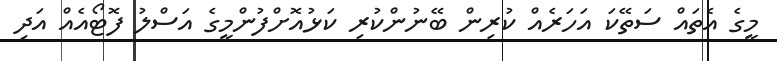
މީގެ އެތައް ސަތޭކަ އަހަރެއް ކުރިން ބޭނުންކުރި ކަޅުއޮށްފުންމީގެ އަސްލު ފޮޓޯއެއް އަދި